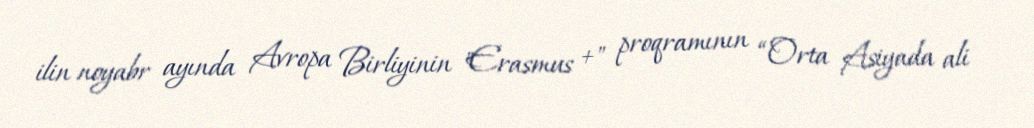
ilin noyabr ayında Avropa Birliyinin "Erasmus +" proqramının “Orta Asiyada ali